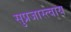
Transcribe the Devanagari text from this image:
सुप्रजास्त्वाय